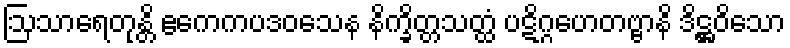
ဩသာရေတုန္တိ ဧကေကပဒဝသေန နိက္ခိတ္တသတ္ထံ ပဋိဂ္ဂဟေတဗ္ဗာနိ ဒိဋ္ဌဝိသော